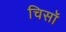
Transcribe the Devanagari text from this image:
चिसॉ